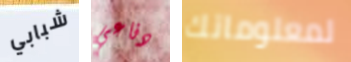
شبابي دفاعي لمعلوماتك